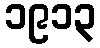
၁၉၁၃